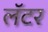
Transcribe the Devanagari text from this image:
लॅटर